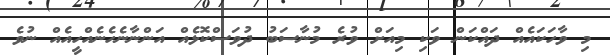
މި ވާހަކައެއް ދައްކަން ވަކި މިއަށް ވުރެ މުނާސަބު ދުވަސްކޮޅެއް އަންނާނެހެނެއްހީއެއް ނުވެ